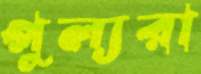
পুল্যরা